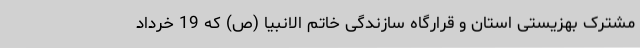
مشترک بهزیستی استان و قرارگاه سازندگی خاتم الانبیا (ص) که 19 خرداد